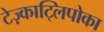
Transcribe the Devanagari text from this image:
टेज़्काट्लिपोका